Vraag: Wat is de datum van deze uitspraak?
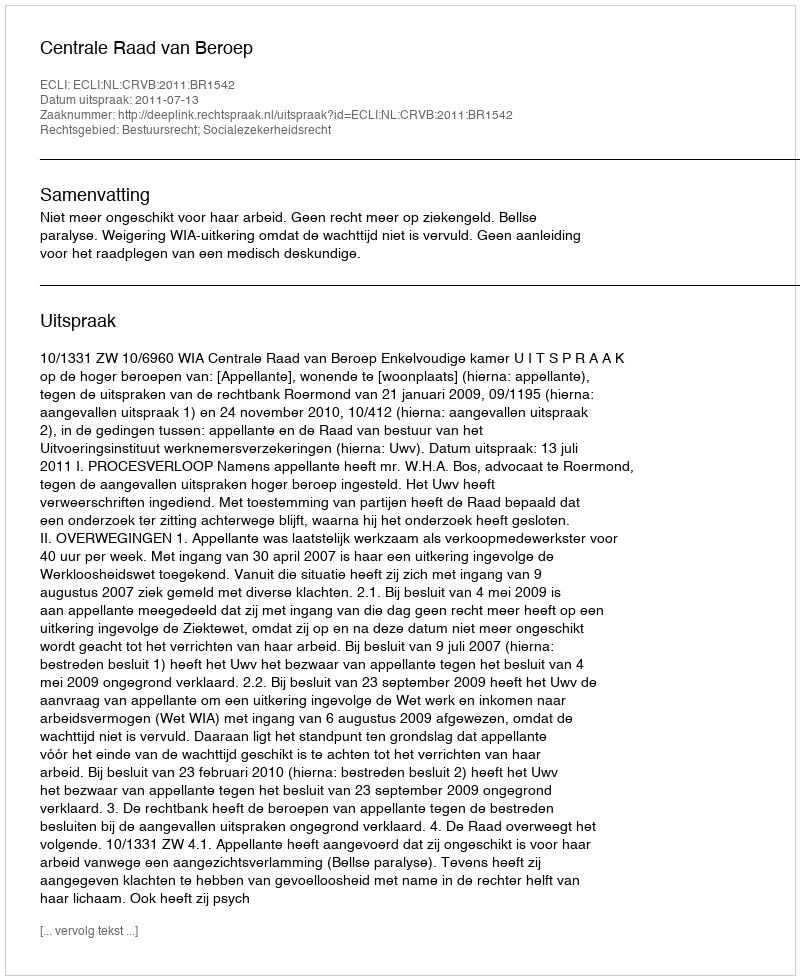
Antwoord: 2011-07-13